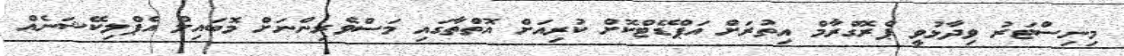
މިނިސްޓަރު ވިދާޅުވީ ޕްރޮގްރާމް އިތުރަށް އަޕްޑޭޓްކޮށް ކުރިއަށް އޮތްތާގައި މަސްވެރިންނަށް މޮބައިލް އެޕްލިކޭޝަނެއް